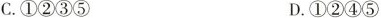
C.①②③⑤ D.①②④⑤